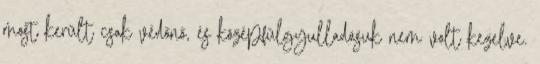
most került csak védőnő, és középfülgyulladásuk nem volt kezelve.